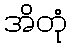
အိတုံ